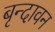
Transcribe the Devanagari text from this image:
बृन्दावन